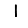
Digit: 1